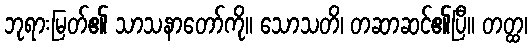
ဘုရားမြတ်၏ သာသနာတော်ကို။ သောသတိ၊ တဆာဆင်၏ပြီ။ တတ္ထ၊